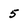
Character: 5